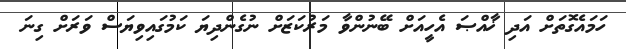
ހަމައެގޮތަށް އަދި ޚާއްޞަ އެހީއަށް ބޭނުންވާ މަރުކަޒަށް ނުގެންދިޔަ ކަމުގައިވިޔަސް ވަރަށް ގިނަ